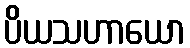
ပိယသဟာယော